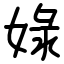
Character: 娽